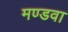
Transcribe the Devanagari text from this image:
मण्डवा